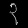
Digit: ၃